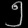
Digit: ၅